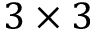
3 \times 3